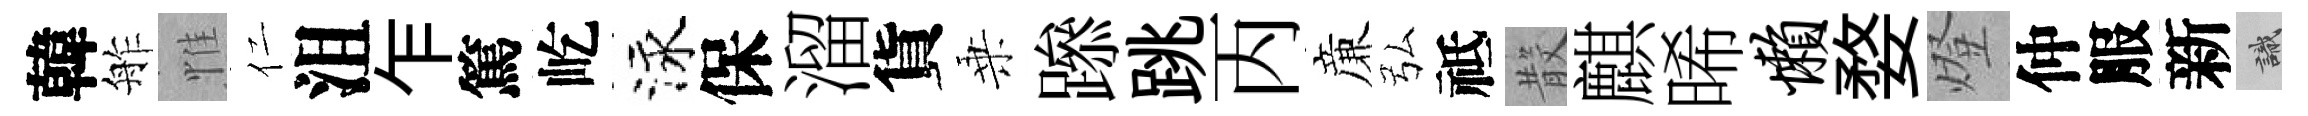
韓舴惟仁沮乍篤屹泳保溜貨乗𨅶跳丙亷弘祗𣪚麒晞懒婺燈仲服新識